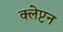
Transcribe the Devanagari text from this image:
क्लेप्टन